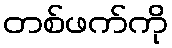
တစ်ဖက်ကို